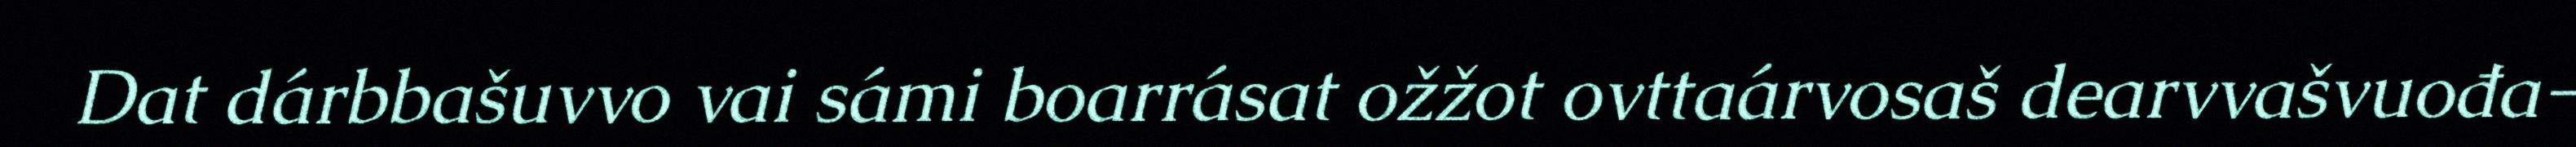
Dat dárbbašuvvo vai sámi boarrásat ožžot ovttaárvosaš dearvvašvuođa-